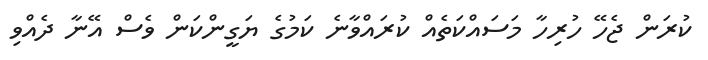
ކުރަން ޖެހޭ ހުރިހާ މަސައްކަތެއް ކުރައްވާނެ ކަމުގެ ޔަގީންކަން ވެސް އޭނާ ދެއްވި